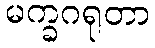
မက္ခဂရုတာ